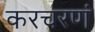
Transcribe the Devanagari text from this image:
करचरणं